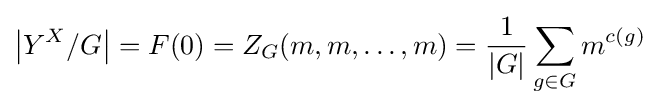
\left|Y^{X}/G\right|=F(0)=Z_{G}(m,m,\ldots ,m)={\frac {1}{|G|}}\sum _{g\in G}m^{c(g)}